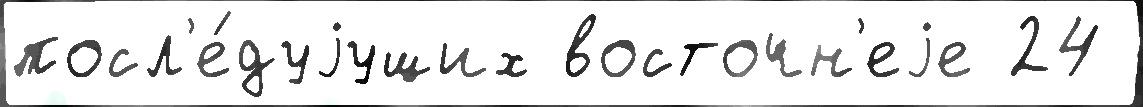
посл'е́дуjущих восточн'еjе 24